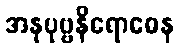
အနုပုဗ္ဗနိရောဓေန